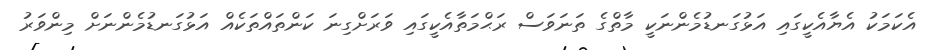
އެކަމަކު އެޔާއެކީގައި އަޅުގަނޑުމެންނަކީ މާތްގެ ތަނަވަސް ރަޙްމަތާއެކީގައި ވަރަށްގިނަ ކަންތައްތަކެއް އަޅުގަނޑުމެންނަށް މިންވަރު